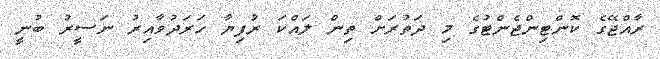
ރާއްޖޭގެ ކޮންޓިންޖެންޓުގެ މި ދަތުރަށް ތިން ލައްކަ ރުފިޔާ ހަރަދުވާއިރު ނަސީރު ބުނީ